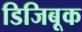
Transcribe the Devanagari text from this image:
डिजिबूक